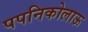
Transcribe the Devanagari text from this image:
पपनिकोलाऊ